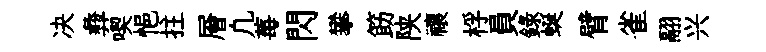
决彜喫悒拄層凢莓閃攀筯陕禳桴員錄蜒臂雀翮兴